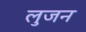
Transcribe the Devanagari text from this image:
लुजन